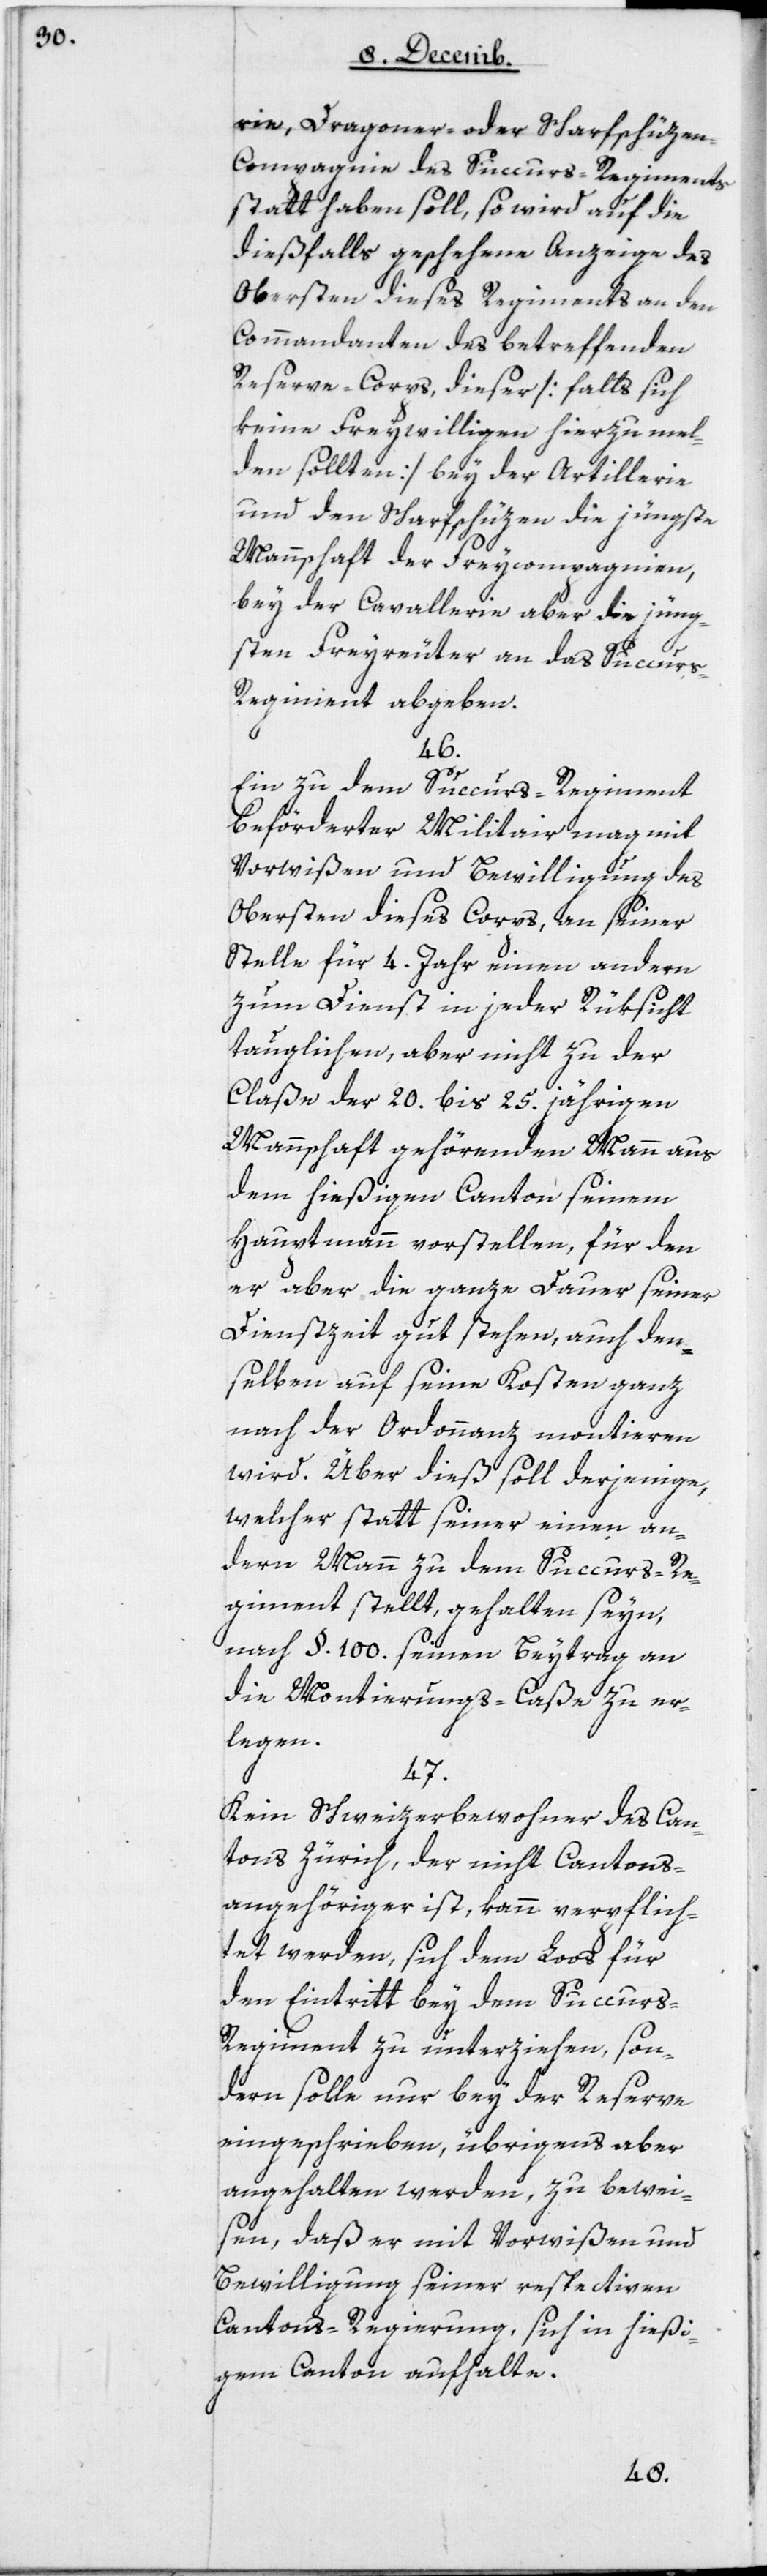
rie-, Dragoner- oder Scharfschüze¬
n-Compagnie des Succurs-Regiments
statt haben soll, so wird auf die
dießfalls geschehene Anzeige des
Obersten dieses Regiments an den
Commandanten des betreffenden
Reserve-Corps, dieser [falls sich
keine Freywilligen hierzu mel¬
den sollten] bey der Artillerie
und den Scharfschüzen die jüngste
Mannschaft der Freycompagnien,
bey der Cavallerie aber die jüng¬
sten Freyreuter an das Succur¬
s-Regiment abgeben.
46.
Ein zu dem Succurs-Regiment
beförderter Militair mag mit
Vorwißen und Bewilligung des
Obersten dieses Corps, an seiner
Stelle für 4 Jahr einen andern
zum Dienst in jeder Rüksicht
tauglichen, aber nicht zu der
Claße der 20 bis 25jährigen
Mannschaft gehörenden Mann aus
dem hiesigen Canton seinem
Hauptmann vorstellen, für den
er aber die ganze Dauer seiner
Dienstzeit gut stehen, auch den¬
selben auf seine Kosten ganz
nach der Ordonnanz montieren
wird. Über dieß soll derjenige,
welcher statt seiner einen an¬
dern Mann zu dem Succurs-Re¬
giment stellt, gehalten seyn,
nach § 100 seinen Beytrag an
die Montierungs-Caße zu er¬
legen.
47.
Kein Schweizerbewohner das Can¬
tons Zürich, der nicht Cantons¬
angehöriger ist, kann verpflich¬
tet werden, sich dem Loos für
den Eintritt bey dem Succur¬
s-Regiment zu unterziehen, son¬
dern solle nur bey der Reserve
eingeschrieben, übrigens aber
angehalten werden, zu bewei¬
sen, daß er mit Vorwißen und
Bewilligung seiner respectiven
Cantons-Regierung, sich in hiesi¬
gem Canton aufhalte.